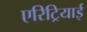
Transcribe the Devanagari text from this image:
एरिट्रियाई